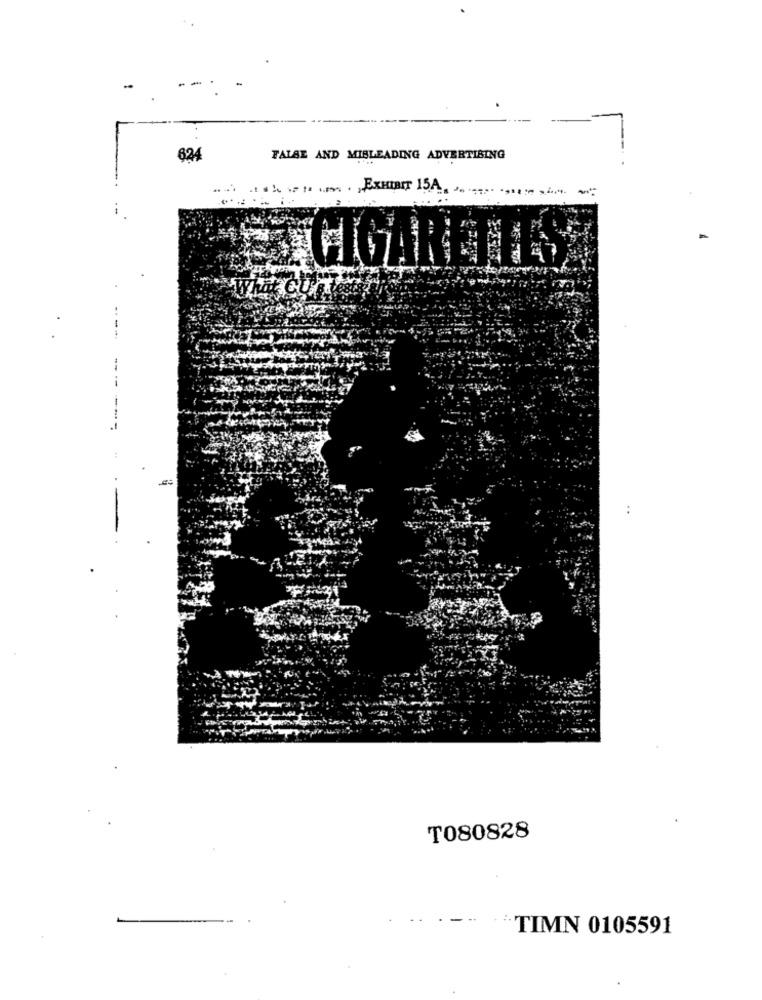
..
624
TALSE AND MISLEADING ADVERTISING
-
CIGARETTES
..
T080828
TIMN 0105591